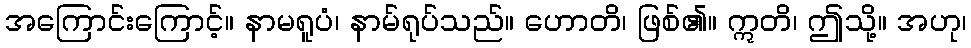
အကြောင်းကြောင့်။ နာမရူပံ၊ နာမ်ရုပ်သည်။ ဟောတိ၊ ဖြစ်၏။ ဣတိ၊ ဤသို့။ အဟု၊